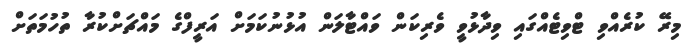
މިރޭ ކުރެއްވި ޓްވިޓެއްގައި ވިދާޅުވީ ވެރިކަން ވައްޓާލަން އުޅުނުކަމަށް އަރީފްގެ މައްޗަށްކުރާ ތުހުމަތަށް